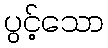
ပွင့်သော